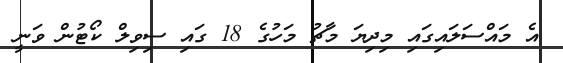
އެ މައްސަލައިގައި މިދިޔަ މާޗު މަހުގެ 18 ގައި ސިވިލް ކޯޓުން ވަނީ